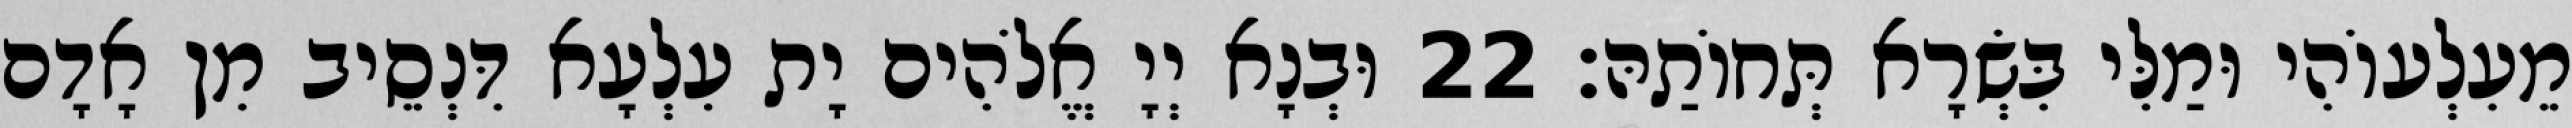
מֵעִלְעוֹהִי וּמַלִּי בִּשְׂרָא תְּחוֹתַהּ׃ 22 וּבְנָא יְיָ אֱלֹהִים יָת עִלְעָא דִּנְסֵיב מִן אָדָם